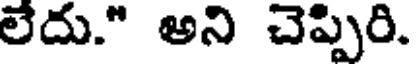
లేదు." అని చెప్పిరి.